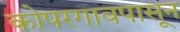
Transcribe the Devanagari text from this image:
कोपरगावपासून